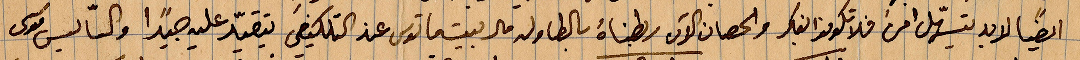
ايضًا لا بدّ يتسهّل امره فلا تكونوا الفكر والحصان الآن ربطناه بالطاولة قال ....عند التلكيفي يقيّد عليه جيدًا والسايس موسى